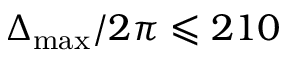
\Delta _ { \mathrm { m a x } } / 2 \pi \leqslant 2 1 0